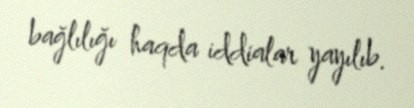
bağlılığı haqda iddialar yayılıb.